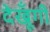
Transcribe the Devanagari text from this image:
देखूँगी